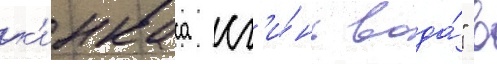
к'инкаса сг'и́нь вода́" в